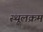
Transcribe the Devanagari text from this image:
स्थूलक्रम